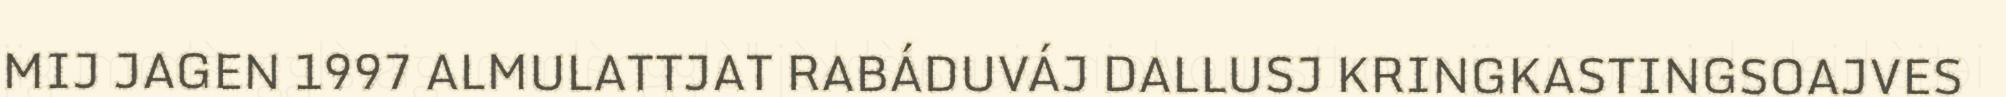
MIJ JAGEN 1997 ALMULATTJAT RABÁDUVÁJ DALLUSJ KRINGKASTINGSOAJVES